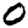
Digit: 0